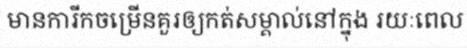
មានការីកចម្រើនគួរឲ្យកត់សម្គាល់នៅក្នុង រយៈពេល